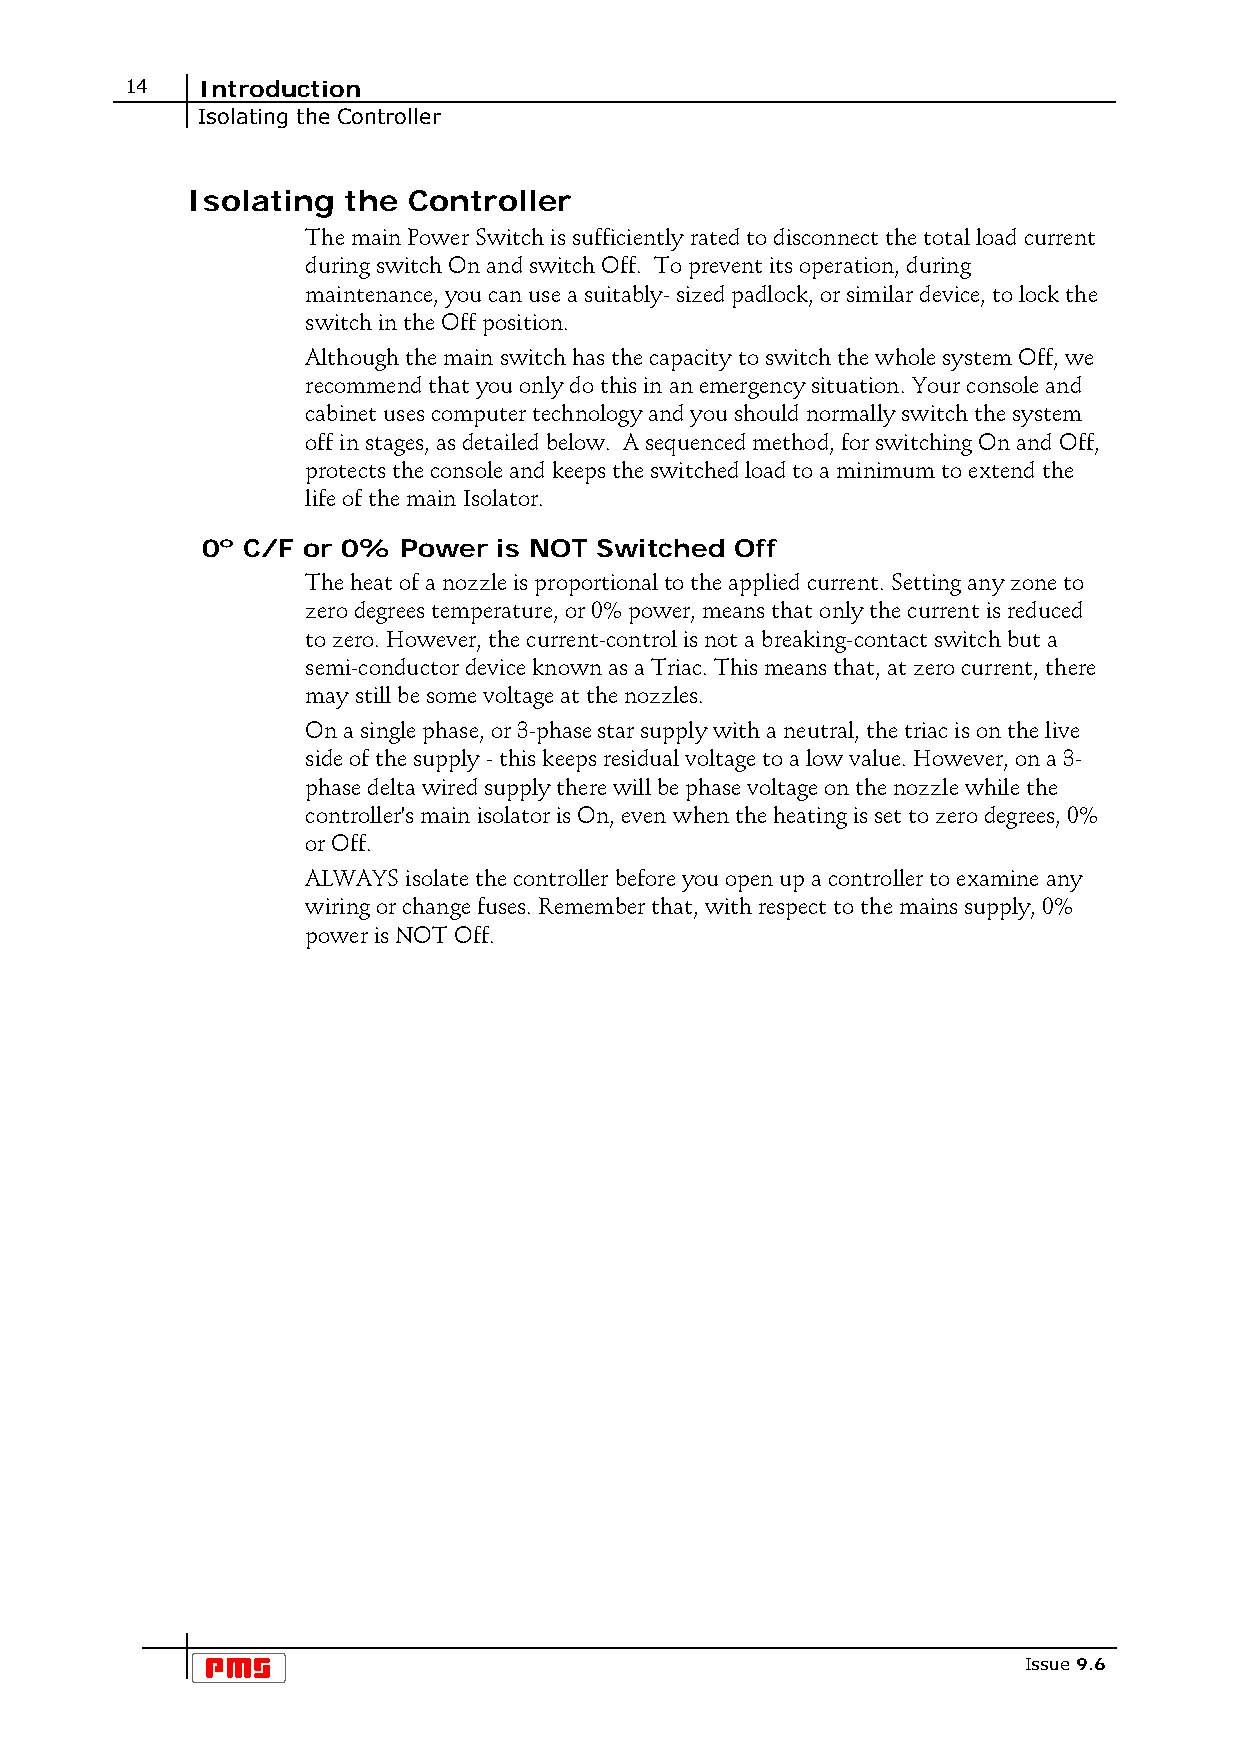
14   Introduction
 Isolating the Controller
 Isolating  the Controller
 The main Power Switch is sufficiently rated to disconnect the total load current
 during switch On and switch Off. To prevent its operation, during
 maintenance, you can use a suitably- sized padlock, or similar device, to lock the
 switch in the Off position.
 Although the main switch has the capacity to switch the whole system Off, we
 recommend that you only do this in an emergency situation. Your console and
 cabinet uses computer technology and you should normally switch the system
 off in stages, as detailed below. A sequenced method, for switching On and Off,
 protects the console and keeps the switched load to a minimum to extend the
 life of the main Isolator.
 0º C/F or 0% Power  is NOT Switched Off
 The heat of a nozzle is proportional to the applied current. Setting any zone to
 zero degrees temperature, or 0% power, means that only the current is reduced
 to zero. However, the current-control is not a breaking-contact switch but a
 semi-conductor device known as a Triac. This means that, at zero current, there
 may still be some voltage at the nozzles.
 On a single phase, or 3-phase star supply with a neutral, the triac is on the live
 side of the supply - this keeps residual voltage to a low value. However, on a 3-
 phase delta wired supply there will be phase voltage on the nozzle while the
 controller's main isolator is On, even when the heating is set to zero degrees, 0%
 or Off.
 ALWAYS isolate the controller before you open up a controller to examine any
 wiring or change fuses. Remember that, with respect to the mains supply, 0%
 power is NOT Off.
 Issue 9.6